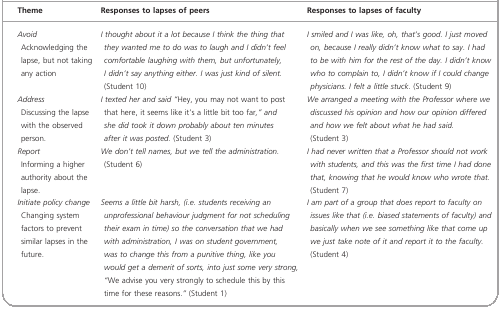
<table><thead><tr><td><b>Theme</b></td><td><b>Responses to lapses of peers</b></td><td><b>Responses to lapses of faculty</b></td></tr></thead><tbody><tr><td><i>Avoid</i>Acknowledging the lapse, but not taking any action</td><td><i>I thought about it a lot because I think the thing that they wanted me to do was to laugh and I didn&#x27;t feel comfortable laughing with them, but unfortunately, I didn&#x27;t say anything either. I was just kind of silent</i>. (Student 10)</td><td><i>I smiled and I was like, oh, that&#x27;s good. I just moved on, because I really didn&#x27;t know what to say. I had to be with him for the rest of the day. I didn&#x27;t know who to complain to, I didn&#x27;t know if I could change physicians. I felt a little stuck</i>. (Student 9)</td></tr><tr><td><i>Address</i>Discussing the lapse with the observed person.</td><td><i>I texted her and said “</i>Hey, you may not want to post that here, it seems like it&#x27;s a little bit too far<i>,” and she did took it down probably about ten minutes after it was posted</i>. (Student 3)</td><td><i>We arranged a meeting with the Professor where we discussed his opinion and how our opinion differed and how we felt about what he had said</i>. (Student 3)</td></tr><tr><td><i>Report</i>Informing a higher authority about the lapse.</td><td><i>We don&#x27;t tell names, but we tell the administration</i>. (Student 6)</td><td><i>I had never written that a Professor should not work with students, and this was the first time I had done that, knowing that he would know who wrote that</i>. (Student 7)</td></tr><tr><td><i>Initiate policy change</i>Changing system factors to prevent similar lapses in the future.</td><td><i>Seems a little bit harsh, (i.e. students receiving an unprofessional behaviour judgment for not scheduling their exam in time) so the conversation that we had with administration, I was on student government, was to change this from a punitive thing, like you would get a demerit of sorts, into just some very strong, “</i>We advise you very strongly to schedule this by this time for these reasons.<i>”</i> (Student 1)</td><td><i>I am part of a group that does report to faculty on issues like that (i.e. biased statements of faculty) and basically when we see something like that come up we just take note of it and report it to the faculty</i>. (Student 4)</td></tr></tbody></table>